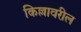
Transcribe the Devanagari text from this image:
किल्लावरील